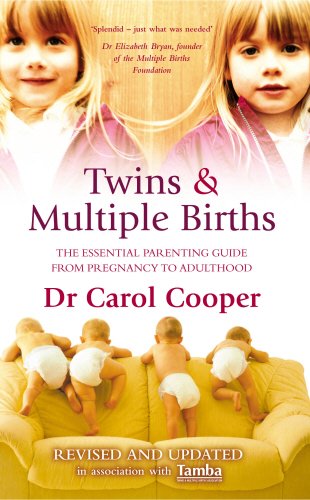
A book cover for Twins & Multiple Births: The Essential Parenting Guide from Pregnancy to Adulthood; Carol Cooper M.D.; Parenting & Relationships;